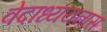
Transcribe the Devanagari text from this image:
वेदाध्ययनास